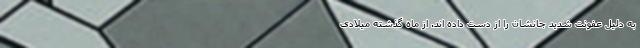
به دلیل عفونت شدید جانشان را از دست داده اند. از ماه گذشته میلادی